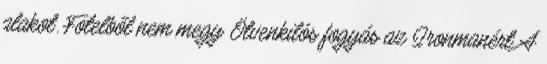
alakot. Fotelből nem megy Ötvenkilós fogyás az Ironmanért A